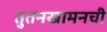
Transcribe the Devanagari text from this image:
तुतनखामनची